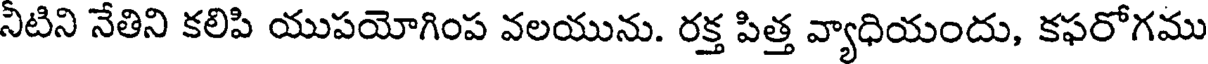
నీటిని నేతిని కలిపి యుపయోగింప వలయును. రక్త పిత్త వ్యాధియందు, కఫరోగము